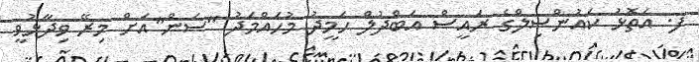
ފ. އަތޮޅު ކައުންސިލްގެ ރައީސް އަބްދުލް ހަމީދު މުހައްމަދު "ސަން"އަށް މިރޭ ވިދާޅުވީ